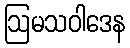
ဩမသဝါဒေန